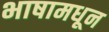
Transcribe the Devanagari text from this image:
भाषामधून